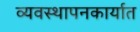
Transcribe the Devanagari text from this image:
व्यवस्थापनकार्यात